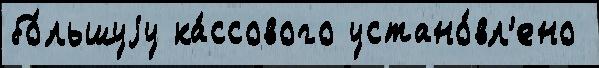
бо́льшуjу ка́ссового устано́вл'ено